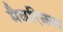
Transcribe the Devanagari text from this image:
मैवरिक्स